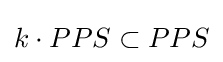
k\cdot PPS\subset PPS